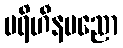
ပရိဟီနပညော